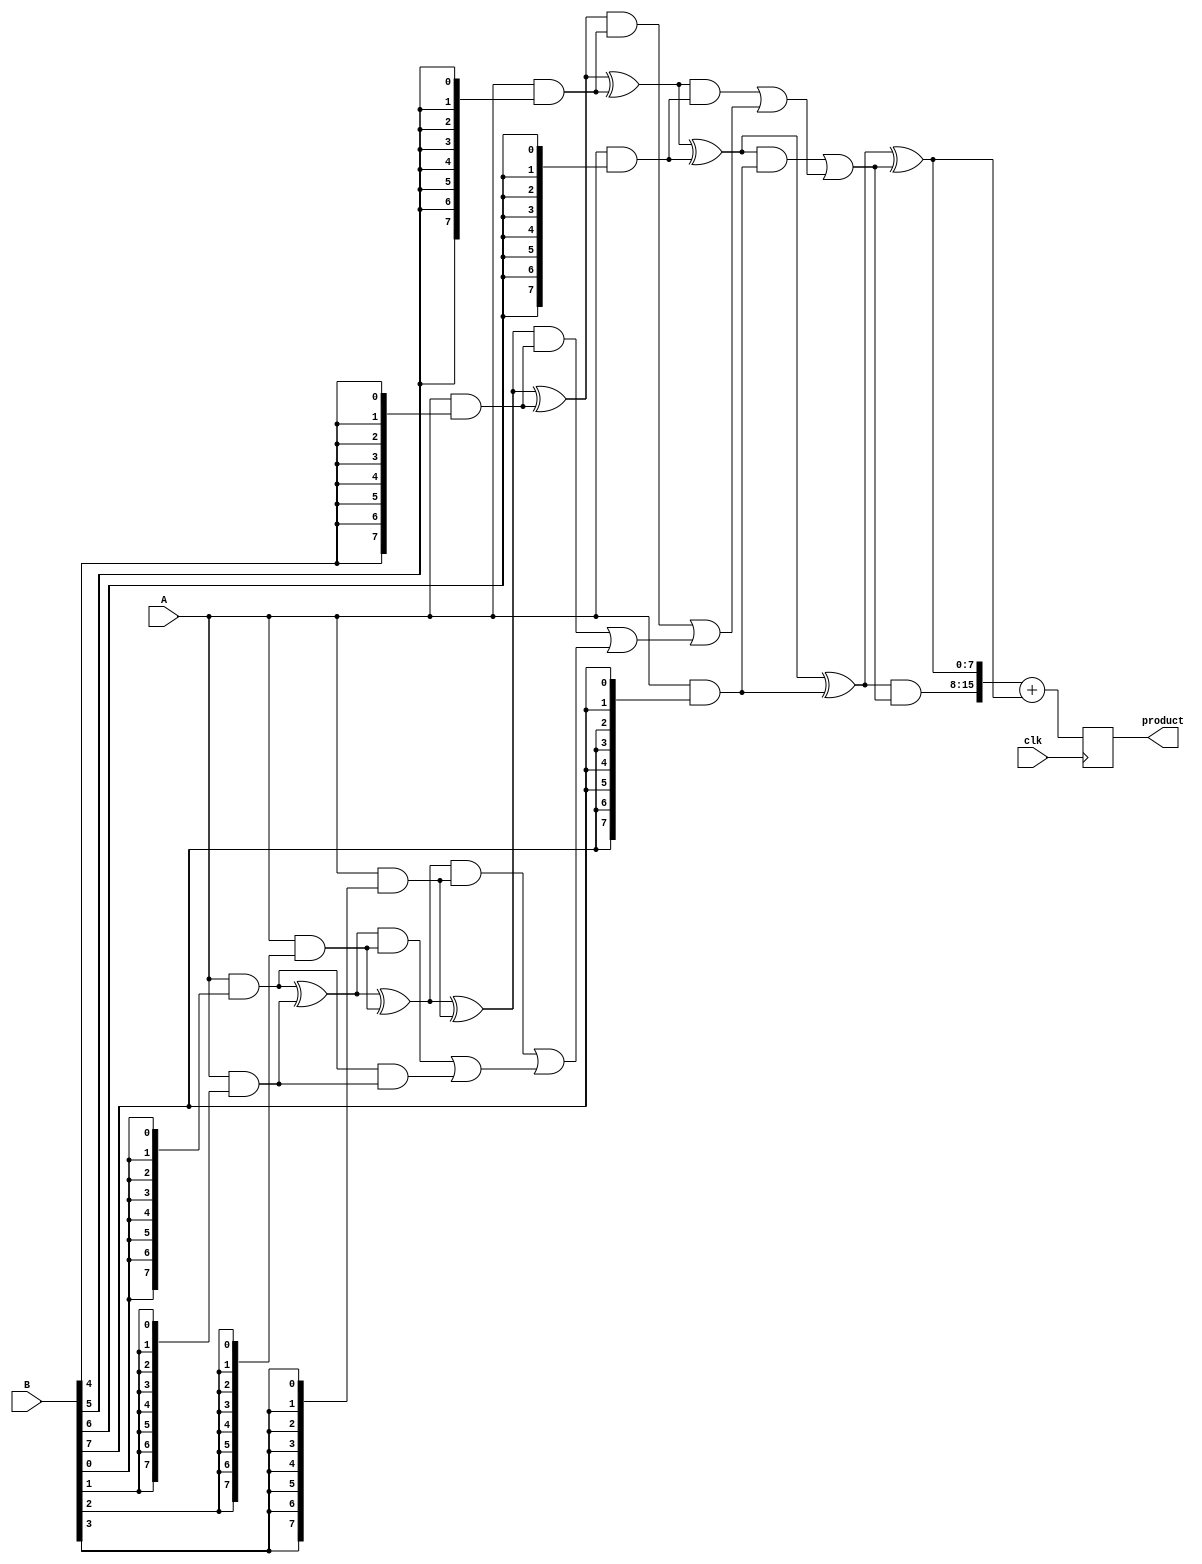
module WallaceTreeMultiplier #(parameter n = 8) (
    input clk,
    input [n-1:0] A, // Multiplicand
    input [n-1:0] B, // Multiplier
    output reg [2*n-1:0] product // Final product
);

    // Partial products
    wire [n-1:0] pp [0:n-1]; // Partial products array

    // Generate partial products
    genvar i;
    generate
        for (i = 0; i < n; i = i + 1) begin: pp_gen
            assign pp[i] = A & {n{B[i]}}; // ANDing each bit of B with A
        end
    endgenerate

    // Carry-Save Adder (CSA) tree
    wire [n-1:0] sum [0:n-1]; // Sums
    wire [n-1:0] carry [0:n-1]; // Carries

    // Initial stage of CSA
    generate
        for (i = 0; i < n-1; i = i + 1) begin: csa_stage1
            if (i == 0) begin
                assign sum[i] = pp[i] ^ pp[i+1];
                assign carry[i] = pp[i] & pp[i+1];
            end else begin
                assign sum[i] = sum[i-1] ^ pp[i+1];
                assign carry[i] = (sum[i-1] & pp[i+1]) | carry[i-1];
            end
        end
    endgenerate

    // Final stage of CSA
    wire [n-1:0] final_sum;
    wire [n-1:0] final_carry;

    assign final_sum = sum[n-2] ^ carry[n-2];
    assign final_carry = sum[n-2] & carry[n-2];

    // Final addition using a simple adder (could be replaced with a more efficient adder)
    always @(posedge clk) begin
        product <= {final_carry, final_sum} + {1'b0, final_sum};
    end

endmodule